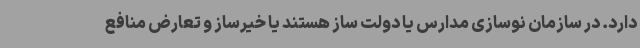
دارد. در سازمان نوسازی مدارس یا دولت ساز هستند یا خیرساز و تعارض منافع